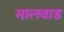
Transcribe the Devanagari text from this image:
मालवाड